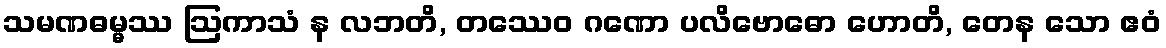
သမဏဓမ္မဿ ဩကာသံ န လဘတိ, တဿေဝ ဂဏော ပလိဗောဓော ဟောတိ, တေန သော ဧဝံ